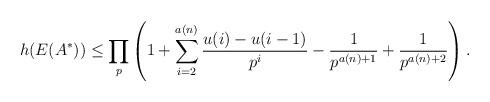
LaTeX: \begin{align*}h(E(A^*))\leq \prod_{p}\left(1+\sum_{i=2}^{a(n)}\frac{u(i)-u(i-1)}{p^i}-\frac{1}{p^{a(n)+1}}+\frac{1}{p^{a(n)+2}}\right).\end{align*}